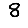
Digit: 8